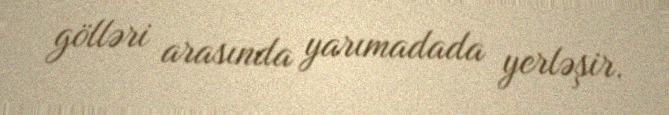
gölləri arasında yarımadada yerləşir.